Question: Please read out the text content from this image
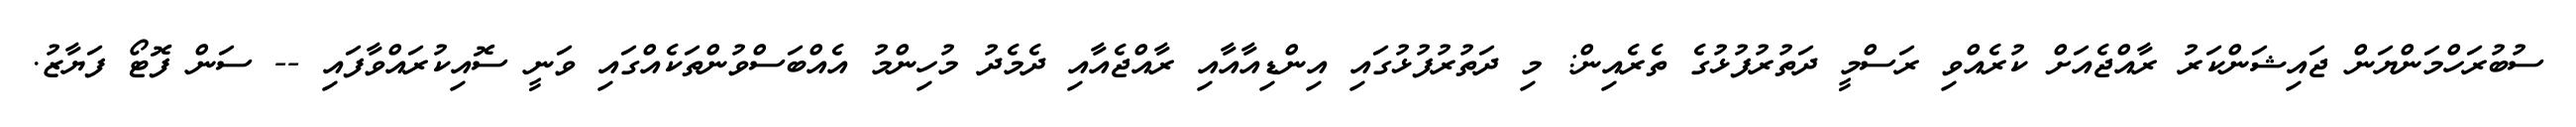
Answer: ސުބުރަހްމަންޔަން ޖައިޝަންކަރު ރާއްޖެއަށް ކުރެއްވި ރަސްމީ ދަތުރުފުޅުގެ ތެރެއިން: މި ދަތުރުފުޅުގައި އިންޑިއާއާއި ރާއްޖެއާއި ދެމެދު މުހިންމު އެއްބަސްވުންތަކެއްގައި ވަނީ ސޮއިކުރައްވާފައި -- ސަން ފޮޓޯ ފަޔާޒު.